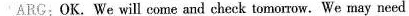
ARG: OK. We will come and check tomorrow.We may need